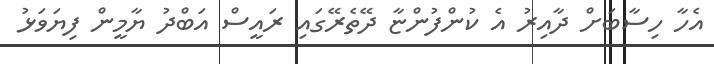
އެހާ ހިސާބަށް ދާއިރު އެ ކުންފުންޏާ ދޭތެރޭގައި ރައީސް އަބްދު ޔާމީން ފިޔަވަޅު